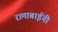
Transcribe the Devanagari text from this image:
रामाबाईंनी